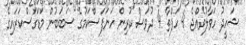
ޝަހީދު ހަވާލުވެއްޖެ 4 ހަފްތާ 4 ދުވަސް ކުރިން ހަނަފަސްކަމުގެ ސަބަބުން މަޑަގަސްކަރައިގެ